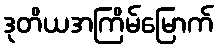
ဒုတိယအကြိမ်မြောက်